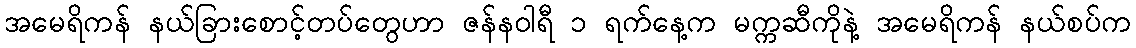
အမေရိကန် နယ်ခြားစောင့်တပ်တွေဟာ ဇန်နဝါရီ ၁ ရက်နေ့က မက္ကဆီကိုနဲ့ အမေရိကန် နယ်စပ်က